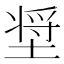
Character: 𰊈